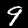
Label: 9